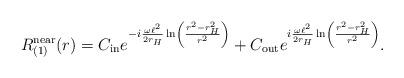
LaTeX: \begin{align*} R_{(1)}^{\rm near}(r) = C_{\rm in} e^{-i \frac{\omega \ell^2}{2 r_{H}} \ln\left(\frac{r^2 - r_{H}^2}{r^2}\right)} + C_{\rm out} e^{i \frac{\omega \ell^2}{2 r_{H}} \ln\left(\frac{r^2 - r_{H}^2}{r^2}\right)}.\end{align*}